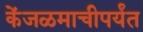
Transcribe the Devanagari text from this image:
केंजळमाचीपर्यंत